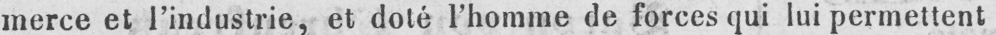
merce et l’industrie, et doté l’homme de forces qui lui permettent